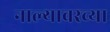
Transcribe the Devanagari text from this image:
नाल्यावरच्या